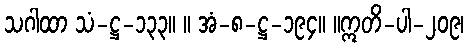
သဂါထာ သံ-ဋ္ဌ-၁၃၃။ ။ အံ-၈-ဋ္ဌ-၁၉၄။ ။ဣတိ-ပါ-၂၀၉၊